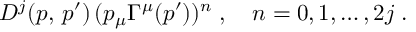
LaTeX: D ^ { j } ( p , \, p ^ { \prime } ) \, ( p _ { \mu } \Gamma ^ { \mu } ( p ^ { \prime } ) ) ^ { n } \; , \quad n = 0 , 1 , \ldots , 2 j \; .